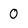
Character: 0